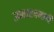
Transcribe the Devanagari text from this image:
उच्चतापमापी